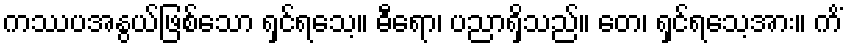
ကဿပအနွယ်ဖြစ်သော ရှင်ရသေ့။ ဓီရော၊ ပညာရှိသည်။ တေ၊ ရှင်ရသေ့အား။ ကိံ